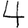
Digit: 4